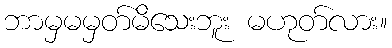
ဘာမှမမှတ်မိသေးဘူး မဟုတ်လား။